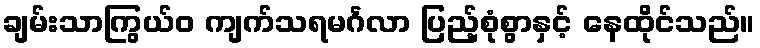
ချမ်းသာကြွယ်ဝ ကျက်သရမင်္ဂလာ ပြည့်စုံစွာနှင့် နေထိုင်သည်။